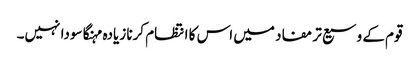
قوم کے وسیع تر مفاد میں اس کا انتظام کرنا زیادہ مہنگا سودا نہیں۔